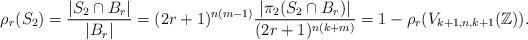
LaTeX: \begin{align*} \rho_{r}(S_{2}) = \dfrac{|S_{2} \cap B_r|}{|B_r|} = (2r+1)^{n(m-1)}\dfrac{|\pi_{2}(S_{2} \cap B_r)|}{(2r+1)^{n(k+m)}} = 1 - \rho_{r}(V_{k+1, n, k+1}(\mathbb{Z})).\end{align*}